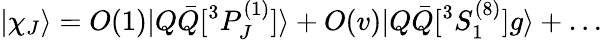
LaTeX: \vert\chi_{J}\rangle=O(1)\vert Q\bar{Q}\lbrack{}^{3}P_{J}^{(1)}\rbrack\rangle+O(v)\vert Q\bar{Q}\lbrack{}^{3}S_{1}^{(8)}\rbrack g\rangle+\ldots